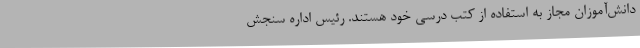
دانش‌آموزان مجاز به استفاده از کتب درسی خود هستند. رئیس اداره سنجش